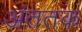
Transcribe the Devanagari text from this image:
अंततक